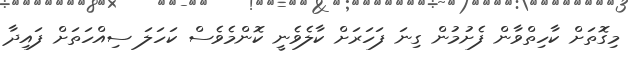
މިގޮތަށް ކާހިތްވާން ފެށުމުން ގިނަ ފަހަރަށް ކާލެވެނީ ކޮންމެވެސް ކަހަލަ ސިއްހަތަށް ފައިދާ